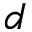
d